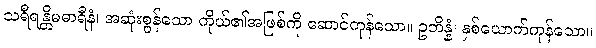
သရီရန္တိမဓာရီနံ၊ အဆုံးစွန်သော ကိုယ်၏အဖြစ်ကို ဆောင်ကုန်သော။ ဥဘိန္နံ၊ နှစ်ယောက်ကုန်သော။